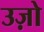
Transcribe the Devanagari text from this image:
उज़ो